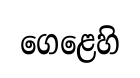
ගෙළෙහි